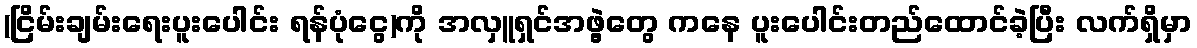
(ငြိမ်းချမ်းရေးပူးပေါင်း ရန်ပုံငွေ)ကို အလှူရှင်အဖွဲ့တွေ ကနေ ပူးပေါင်းတည်ထောင်ခဲ့ပြီး လက်ရှိမှာ